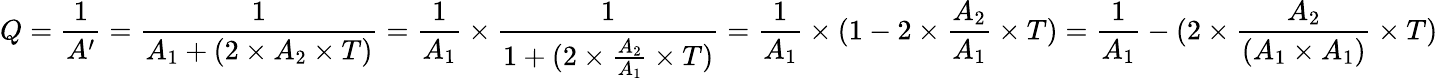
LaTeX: Q={\frac{1}{A^{\prime}}}={\frac{1}{A_{1}+(2\times A_{2}\times T)}}={\frac{1}{A_{1}}}\times{\frac{1}{1+(2\times{\frac{A_{2}}{A_{1}}}\times T)}}={\frac{1}{A_{1}}}\times(1-2\times{\frac{A_{2}}{A_{1}}}\times T)={\frac{1}{A_{1}}}-(2\times{\frac{A_{2}}{(A_{1}\times A_{1})}}\times T)